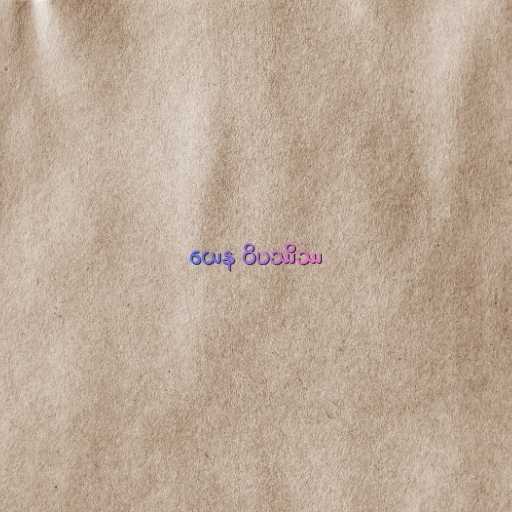
ယေန ဝိပဿိဿ